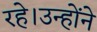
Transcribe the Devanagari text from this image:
रहे।उन्होंने